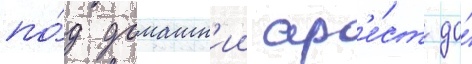
по́д домашн'ии ар'е́ст до́